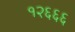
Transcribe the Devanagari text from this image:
१२६६६